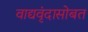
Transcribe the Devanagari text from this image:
वाद्यवृंदासोबत